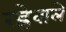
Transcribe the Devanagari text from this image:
रह्नेवाले